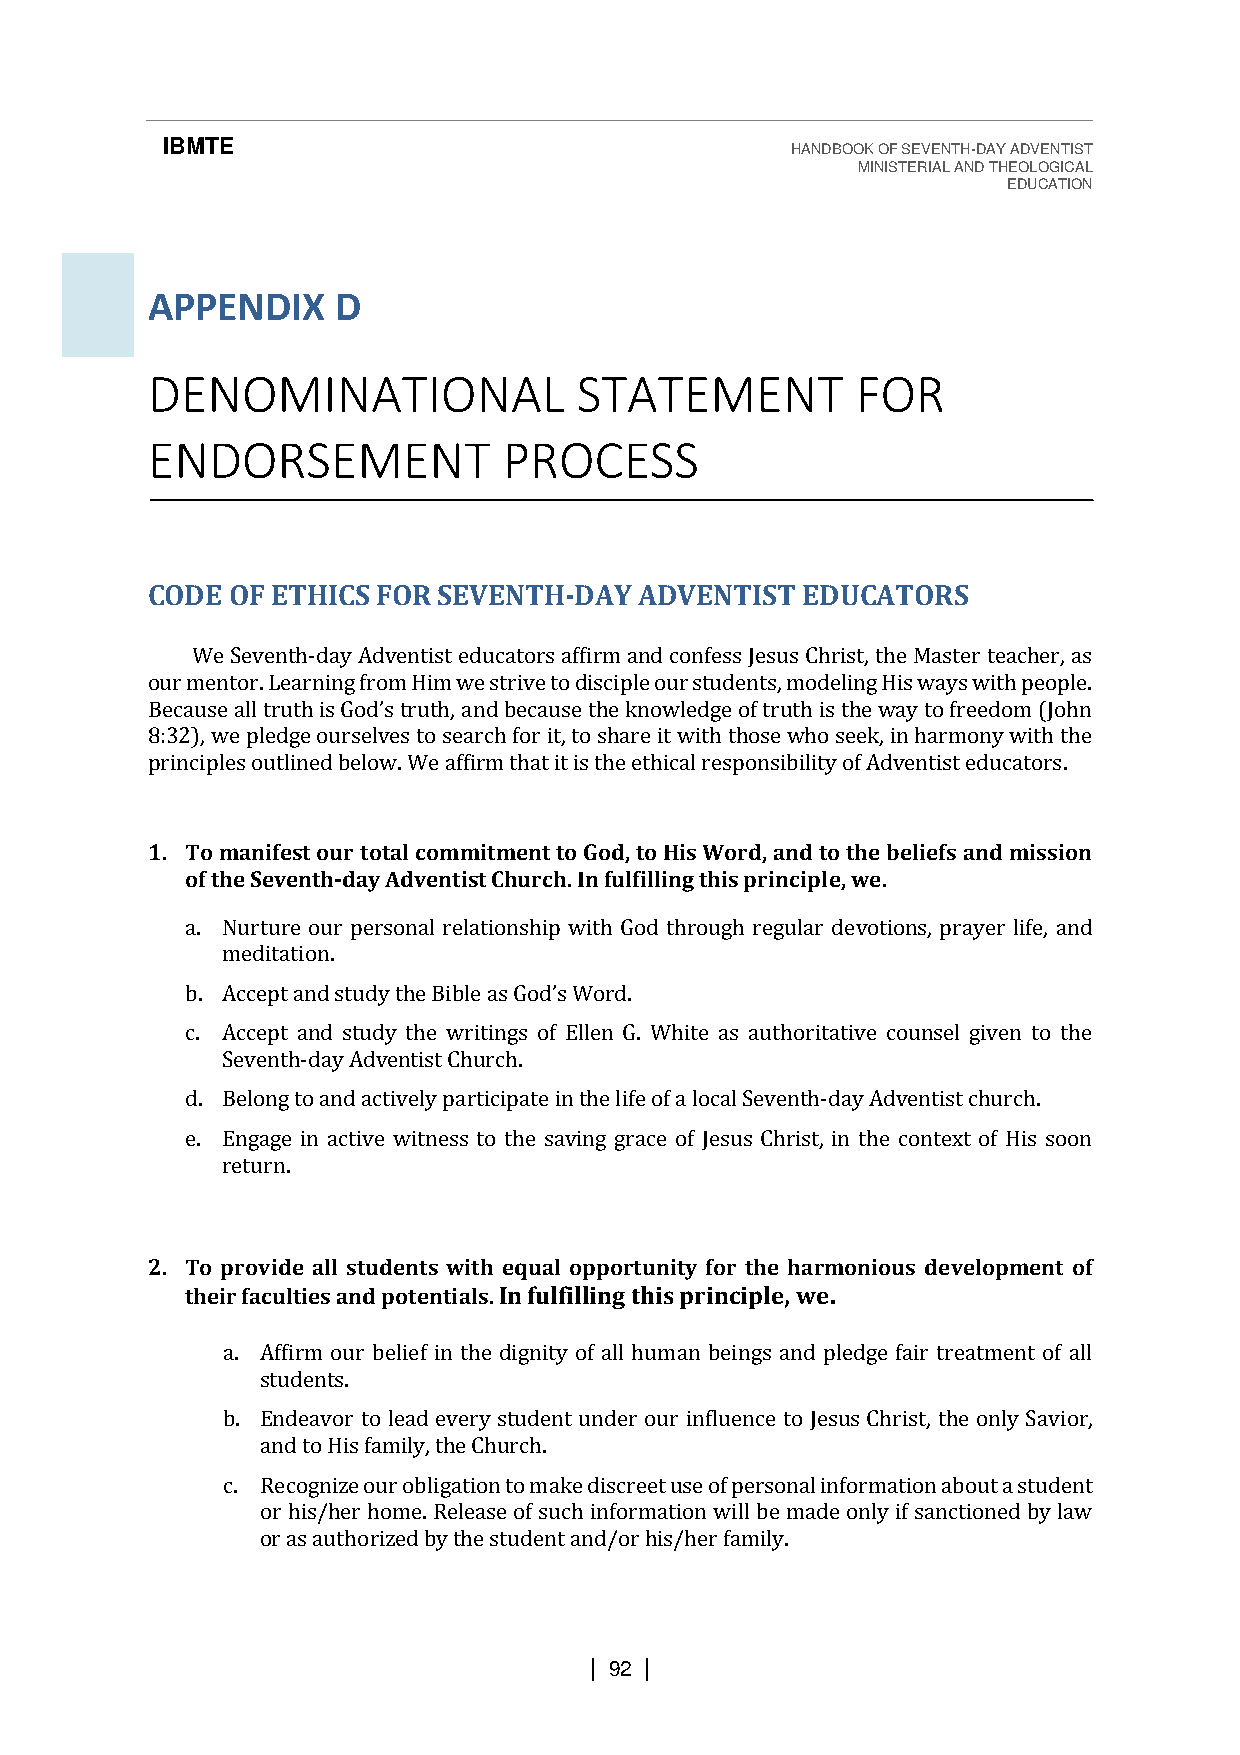
IBMTE                                    HANDBOOK OF SEVENTH-DAY ADVENTIST
 MINISTERIAL AND THEOLOGICAL
 EDUCATION
 APPENDIX    D
 DENOMINATIONAL              STATEMENT          FOR
 ENDORSEMENT            PROCESS
 CODE OF ETHICS FOR SEVENTH-DAY  ADVENTIST  EDUCATORS
 We Seventh-day Adventist educators affirm and confess Jesus Christ, the Master teacher, as
 our mentor. Learning from Him we strive to disciple our students, modeling His ways with people.
 8:32), we pledge ourselves to search for it, to share it with those who seek, in harmony with the
 Bpreicnacuipsele asl ol utrtulitnhe ids bGeoldo’ws .t Wrueth a, fafinrmd b tehcaatu its eis t thhee k enthowicalel drgeesp oofn tsriubtihli tiys tohf eA wdvaeyn ttois ftr eedeudcoamto (rJso.h n
 1. To manifest our total commitment to God, to His Word, and to the beliefs and mission
 of the Seventh-day Adventist Church. In fulfilling this principle, we.
 a. Nurture our personal relationship with God through regular devotions, prayer life, and
 meditation.
 b.                            .
 c. Accept and study the writings of Ellen G. White as authoritative counsel given to the
 Accept and study the Bible as God’s Word
 Seventh-day Adventist Church.
 d. Belong to and actively participate in the life of a local Seventh-day Adventist church.
 e. Engage in active witness to the saving grace of Jesus Christ, in the context of His soon
 return.
 2. To provide all students with equal opportunity for the harmonious development of
 their faculties and potentials. In fulfilling this principle, we.
 a. Affirm our belief in the dignity of all human beings and pledge fair treatment of all
 students.
 b. Endeavor to lead every student under our influence to Jesus Christ, the only Savior,
 and to His family, the Church.
 c. Recognize our obligation to make discreet use of personal information about a student
 or his/her home. Release of such information will be made only if sanctioned by law
 or as authorized by the student and/or his/her family.
 | 92 |